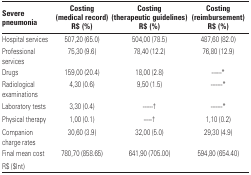
| <ROWSPAN=3> Severe pneumonia | Costing | Costing | Costing |
 | (medical record) | (therapeutic guidelines) | (reimbursement) |
 | R$ (%) | R$ (%) | R$ (%) |
 | --- | --- | --- | --- |
 | Hospital services | 507,20 (65.0) | 504,00 (78.5) | 487,60 (82.0) |
 | Professional services | 75,30 (9.6) | 78,40 (12.2) | 76,80 (12.9) |
 | Drugs | 159,00 (20.4) | 18,00 (2.8) | ------* |
 | Radiological examinations | 4,30 (0.6) | 9,50 (1.5) | -------* |
 | Laboratory tests | 3,30 (0.4) | ------† | -------* |
 | Physical therapy | 1,00 (0.1) | -----† | 1,10 (0.2) |
 | Companion charge rates | 30,60 (3.9) | 32,00 (5.0) | 29,30 (4.9) |
 | Final mean cost | <ROWSPAN=2> 780,70 (858.65) | <ROWSPAN=2> 641,90 (705.00) | <ROWSPAN=2> 594,80 (654.40) |
 | R$ ($Int) |